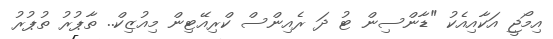
އިމޯޖީ އަކާއިއެކު "ޑާންސިން ޓު ދަ ރެއިންސް ކްރިއޭޓިން މިއުޒިކް.. ތާޕުރު ތުޕުރު